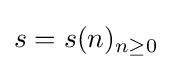
s=s(n)_{n\geq 0}